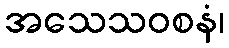
အသေသဝစနံ၊